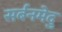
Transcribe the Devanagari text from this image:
सर्बनमेदु